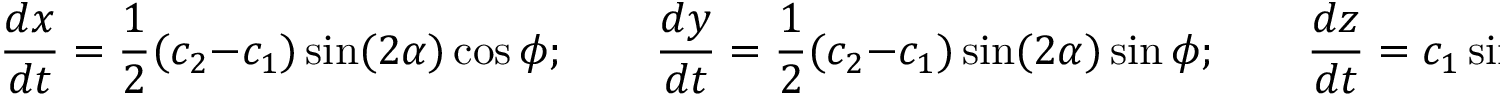
\frac { d x } { d t } = \frac { 1 } { 2 } ( c _ { 2 } - c _ { 1 } ) \sin ( 2 \alpha ) \cos \phi ; \qquad \frac { d y } { d t } = \frac { 1 } { 2 } ( c _ { 2 } - c _ { 1 } ) \sin ( 2 \alpha ) \sin \phi ; \qquad \frac { d z } { d t } = c _ { 1 } \sin ^ { 2 } \alpha + c _ { 2 } \cos ^ { 2 } \alpha